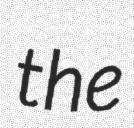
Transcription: the